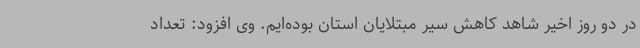
در دو روز اخیر شاهد کاهش سیر مبتلایان استان بوده‌ایم. وی افزود: تعداد